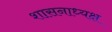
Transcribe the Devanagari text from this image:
शासनाध्‍यक्ष